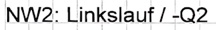
Text: NW2: Linkslauf / -Q2